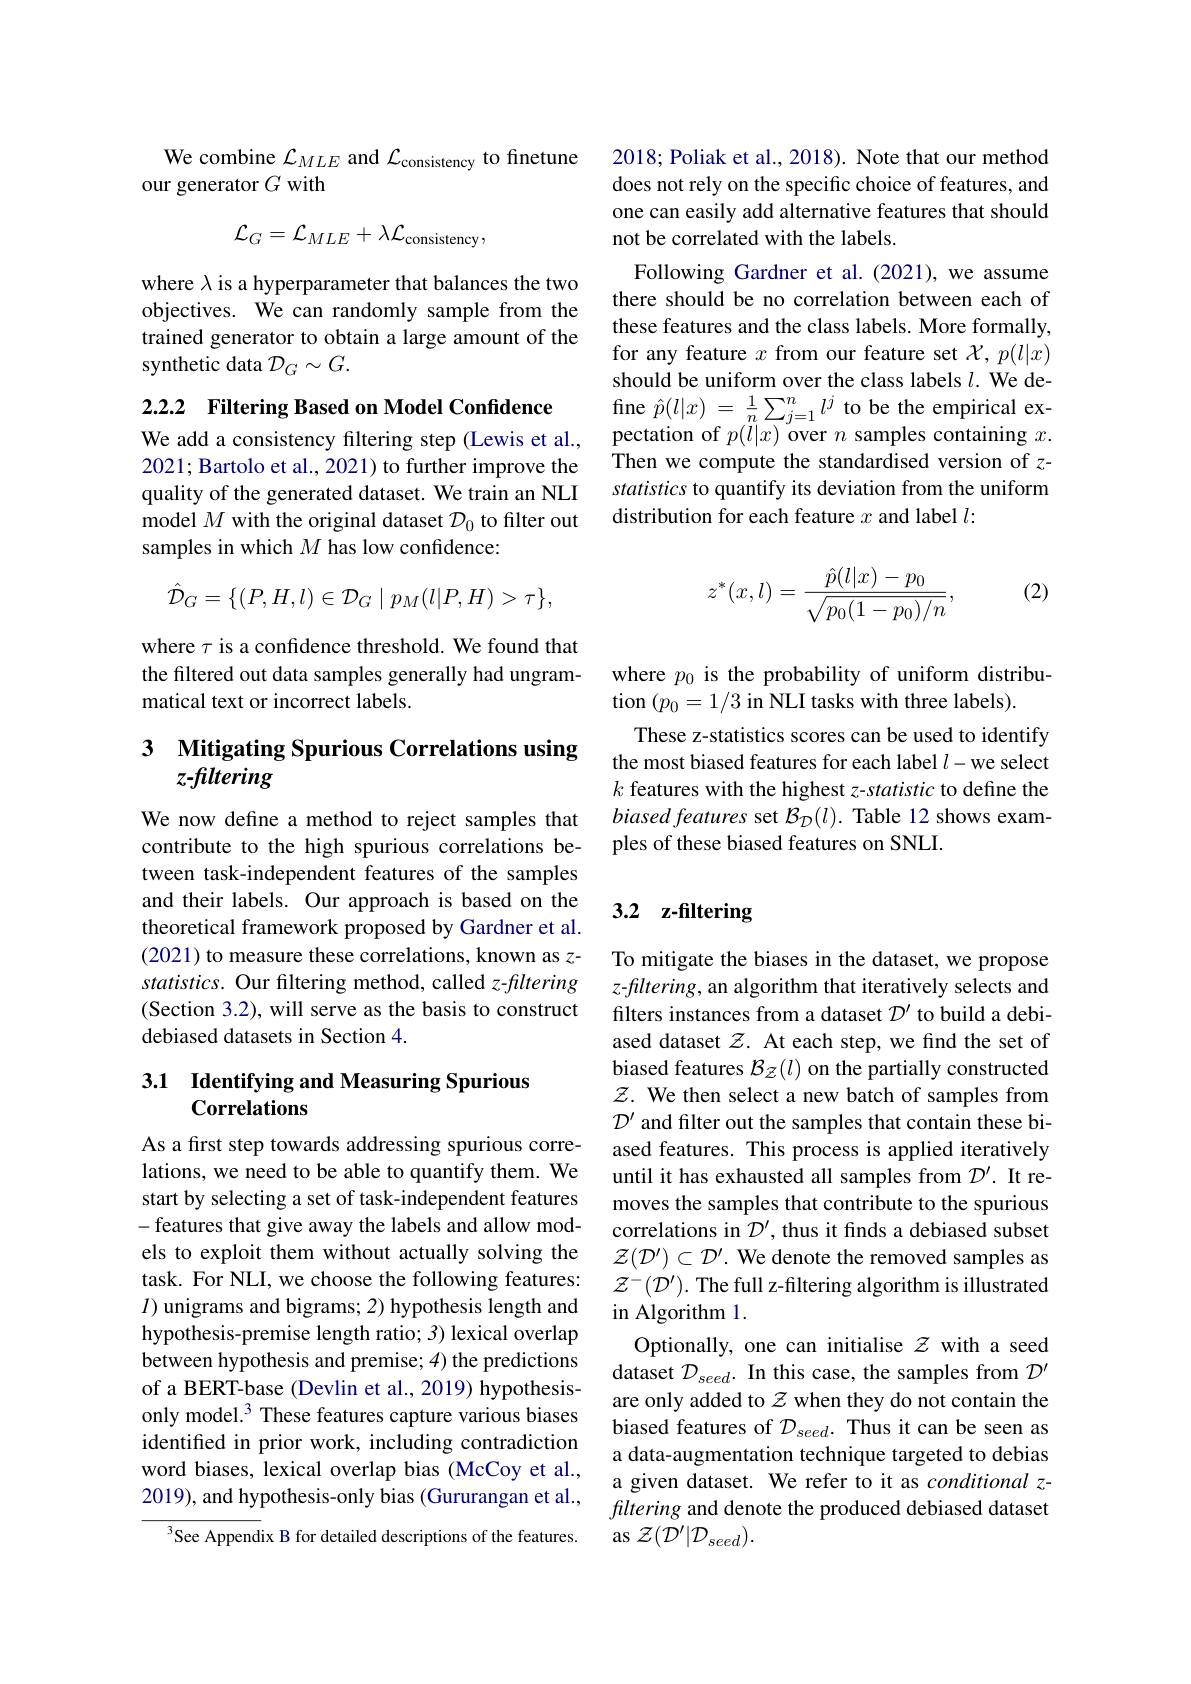
We combine $\mathcal{L}_MLE$ and $\mathcal{L}_\text{consistency to finetune}$
our generator $G$ with
$$\mathcal{L}_{G}=\mathcal{L}_{MLE}+\lambda\mathcal{L}_{\mathrm{consistency}},$$
where $\lambda$ is a hyperparameter that balances the two objectives. We can randomly sample from the trained generator to obtain a large amount of the synthetic data $\mathcal{D}_G\sim G.$

2.2.2 Filtering Based on Model Confidence

We add a consistency filtering step (Lewis et al., 2021; Bartolo et al., 2021) to further improve the quality of the generated dataset. We train an NLI model $M$ with the original dataset $\mathcal D_0$ to filter out samples in which $M$ has low confidence:

where $\tau$ is a confidence threshold. We found that the filtered out data samples generally had ungrammatical text or incorrect labels.

# 3 Mitigating Spurious Correlations using z-filtering

We now define a method to reject samples that contribute to the high spurious correlations between task-independent features of the samples and their labels. Our approach is based on the theoretical framework proposed by Gardner et al. (2021) to measure these correlations, known as zstatistics. Our filtering method, called z-filtering (Section 3.2), will serve as the basis to construct debiased datasets in Section 4.

## 3.1 Identifying and Measuring Spurious Correlations

As a first step towards addressing spurious correlations, we need to be able to quantify them. We start by selecting a set of task-independent features -features that give away the labels and allow models to exploit them without actually solving the task. For NLI, we choose the following features: $I)$ unigrams and bigrams; 2) hypothesis length and hypothesis-premise length ratio; 3) lexical overlap between hypothesis and premise; 4) the predictions of a BERT-base (Devlin et al., 2019) hypothesisonly model.$^3$ These features capture various biases identifed in prior work, including contradiction word biases, lexical overlap bias (McCoy et al., 2019), and hypothesis-only bias (Gururangan et al.,
See Appendix B for detailed descriptions of the features.

2018; Poliak et al., 2018). Note that our method does not rely on the specific choice of features, and one can easily add alternative features that should not be correlated with the labels
Following Gardner et al.(2021), we assume there should be no correlation between each of these features and the class labels. More formally, for any feature $x$ from our feature set $\mathcal{X},p(l|x)$ should be uniform over the class labels $l.$ We define $\hat{p}(l|x)=\frac1n\sum_{j=1}^nl^j$ to be the empirical expectation of $p(\ddot{l}|x)$ over $n$ samples containing $x.$ Then we compute the standardised version of zstatistics to quantify its deviation from the uniform distribution for each feature $x$ and label $l:$

(2)
$$\hat{\mathcal{D}}_G=\{(P,H,l)\in\mathcal{D}_G\mid p_M(l|P,H)>\tau\},\quad z^*(x,l)=\frac{\hat{p}(l|x)-p_0}{\sqrt{p_0(1-p_0)/n}},$$
where $p_0$ is the probability of uniform distribu-
tion $(p_0=1/3$ in NLI tasks with three labels).
These z-statistics scores can be used to identify the most biased features for each label $l-$we select $k$ features with the highest z-statistic to define the biased features set $\mathcal{B}_D(l).$ Table 12 shows examples of these biased features on SNLI.

## 3.2 z-filtering

To mitigate the biases in the dataset, we propose z-filtering, an algorithm that iteratively selects and filters instances from a dataset $\mathcal{D}^{\prime}$ to build a debiased dataset $\mathcal{Z}.$ At each step, we find the set of biased features $\mathcal{B}_\mathcal{Z}(l)$ on the partially constructed $\mathcal{Z}.$ We then select a new batch of samples from $\mathcal{D}^{\prime}$ and filter out the samples that contain these biased features. This process is applied iteratively until it has exhausted all samples from $\mathcal{D}^{\prime}.$ It removes the samples that contribute to the spurious correlations in $\mathcal{D}^\prime$, thus it fnds a debiased subset $\mathcal{Z}(\mathcal{D}^{\prime})\subset\mathcal{D}^{\prime}.$ We denote the removed samples as $\mathcal{Z}^{-}(\mathcal{D}^{\prime}).$ The full z-filtering algorithm is illustrated in Algorithm 1
Optionally, one can initialise $z$ with a seed dataset $\mathcal{D}_{seed}.$ In this case, the samples from $\mathcal{D}^\prime$ are only added to $\mathcal{Z}$ when they do not contain the biased features of $\mathcal{D}_{seed}.$ Thus it can be seen as a data-augmentation technique targeted to debias a given dataset. We refer to it as conditional zfiltering and denote the produced debiased dataset $\operatorname{as}{\mathcal Z}(\mathcal{D}^{\prime}|\mathcal{D}_{seed}).$